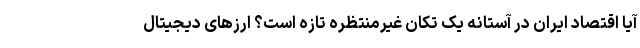
آیا اقتصاد ایران در آستانه یک تکان غیرمنتظره تازه است؟ ارز‌های دیجیتال